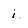
Character: i